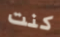
كنت